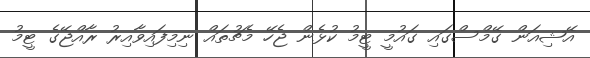
އޭޝިއަން ގޭމްސްގައި ގައުމީ ޓީމު ކުޅެން ޖެހޭ މެޗުތައް ނިމިފައިވާއިރު ރާއްޖޭގެ ޓީމު